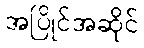
အပြိုင်အဆိုင်